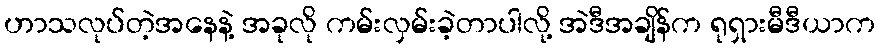
ဟာသလုပ်တဲ့အနေနဲ့ အခုလို ကမ်းလှမ်းခဲ့တာပါလို့ အဲဒီအချိန်က ရုရှားမီဒီယာက